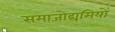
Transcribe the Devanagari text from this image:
समाजोद्यमियों